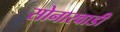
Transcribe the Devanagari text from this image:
सोनारवाडी